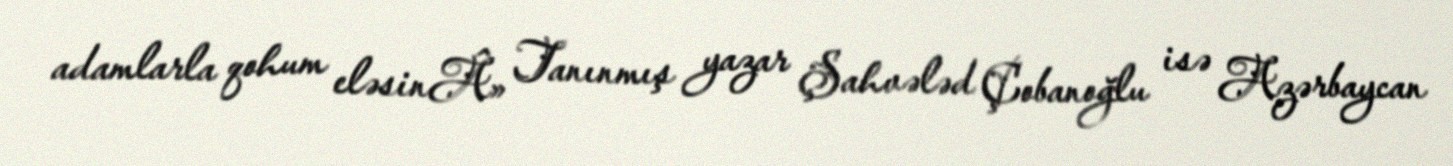
adamlarla qohum eləsinÂ» Tanınmış yazar Şahvələd Çobanoğlu isə Azərbaycan